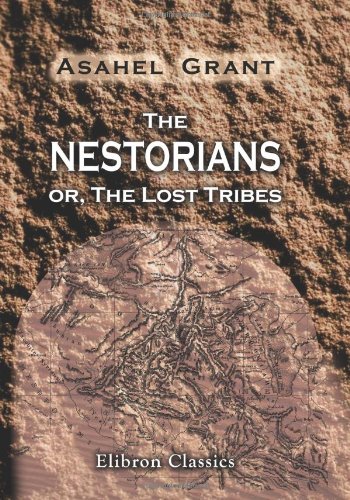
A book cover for The Nestorians; or, The Lost Tribes: Containing Evidence of Their Identity; an Account of Their Manners, Customs and Ceremonies; together with ... and Illustrations of Scripture Prophecy; Asahel Grant; Travel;